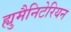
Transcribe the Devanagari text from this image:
ह्युमैनिटेरियन